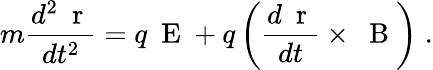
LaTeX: m\frac{d^{2}\mathrm{~\mathbf~r~}}{dt^{2}}=q\mathrm{~\mathbf~E~}+q\left(\frac{d\mathrm{~\mathbf~r~}}{dt}\times\mathrm{~\mathbf~B~}\right)\; .